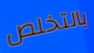
بالتخلص